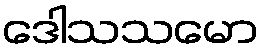
ဒေါသသမော